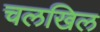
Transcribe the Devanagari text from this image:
चलखिल